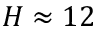
H \approx 1 2